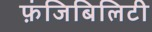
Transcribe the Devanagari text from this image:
फ़ंजिबिलिटी